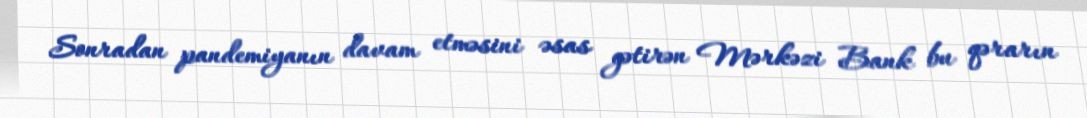
Sonradan pandemiyanın davam etməsini əsas gətirən Mərkəzi Bank bu qərarın